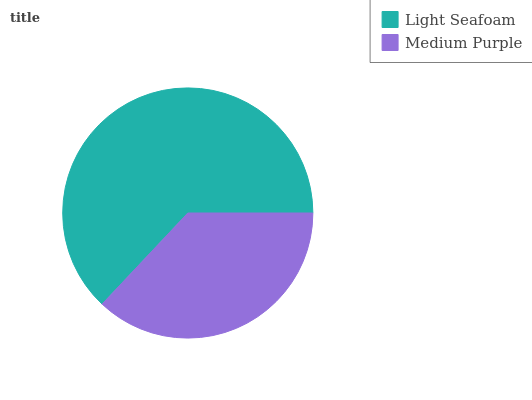
| Light Seafoam | Medium Purple |
 | --- | --- |
 | 63% | 37% |